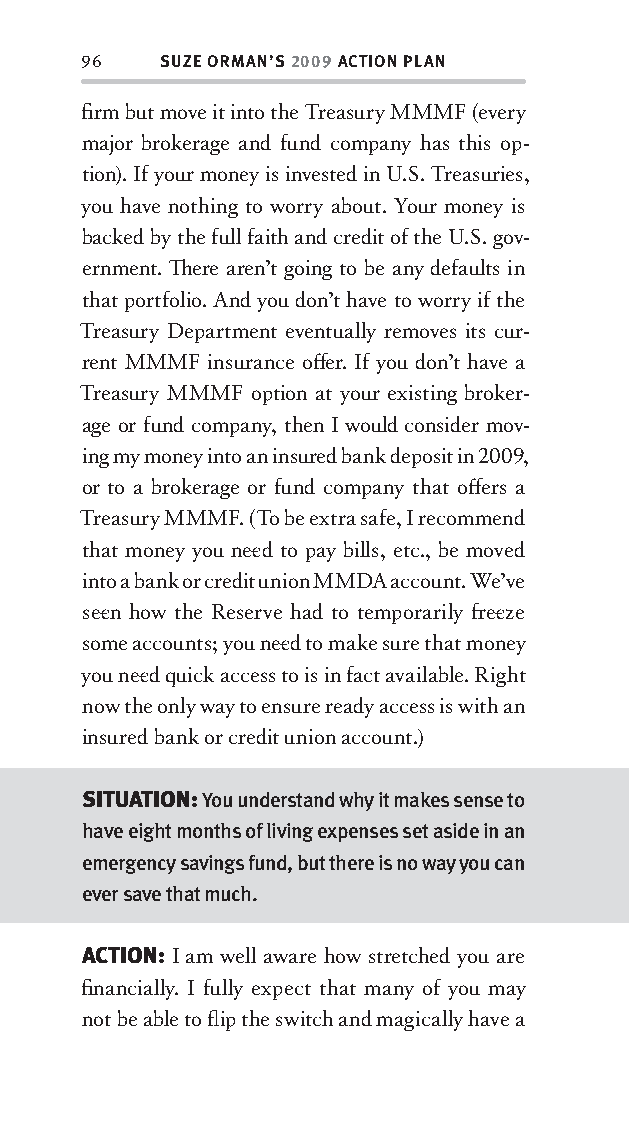
96   SUZE ORMAN’S 2009 ACTION PLAN
 fi rm but move it into the Treasury MMMF (every
 major brokerage and fund company has this op-
 tion). If your money is invested in U.S. Treasuries,
 you have nothing to worry about. Your money is
 backed by the full faith and credit of the U.S. gov-
 ernment. Th ere aren’t going to be any defaults in
 that portfolio. And you don’t have to worry if the
 Treasury Department eventually removes its cur-
 rent MMMF insurance off er. If you don’t have a
 Treasury MMMF option at your existing broker-
 age or fund company, then I would consider mov-
 ing my money into an insured bank deposit in 2009,
 or to a brokerage or fund company that off ers a
 Treasury MMMF. (To be extra safe, I recommend
 that money you nee d to pay bills, etc., be moved
 into a bank or credit union MMDA account. We’ve
 see n how the Reserve had to temporarily fr ee ze
 some accounts; you nee d to make sure that money
 you nee d quick access to is in fact available. Right
 now the only way to ensure ready access is with an
 insured bank or credit union account.)
 SITUATION: You understand why it makes sense to
 have eight months of living expenses set aside in an
 emergency savings fund, but there is no way you can
 ever save that much.
 ACTION: I am well aware how stretched you are
 fi nancially. I fully expect that many of you may
 not be able to fl ip the switch and magically have a
 OOrrmmaa__99778800338855553300993344__44pp__aallll__rr11..iinndddd 9966 1122//33//0088 99::3311::1177 AAMM